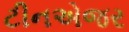
ટીનએજર